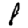
Digit: 8